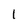
Character: 1